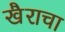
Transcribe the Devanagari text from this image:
खैराचा